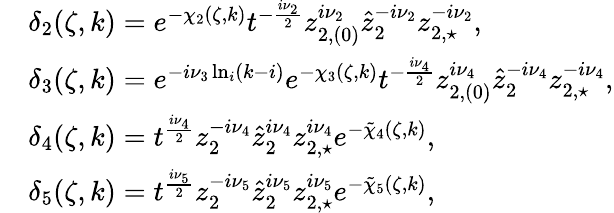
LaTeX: \begin{array}{rl}&{\delta_{2}(\zeta,k)=e^{-\chi_{2}(\zeta,k)}t^{-\frac{i\nu_{2}}{2}}z_{2,(0)}^{i\nu_{2}}\hat{z}_{2}^{-i\nu_{2}}z_{2,\star}^{-i\nu_{2}},}\\ &{\delta_{3}(\zeta,k)=e^{-i\nu_{3}\ln_{i}(k-i)}e^{-\chi_{3}(\zeta,k)}t^{-\frac{i\nu_{4}}{2}}z_{2,(0)}^{i\nu_{4}}\hat{z}_{2}^{-i\nu_{4}}z_{2,\star}^{-i\nu_{4}},}\\ &{\delta_{4}(\zeta,k)=t^{\frac{i\nu_{4}}{2}}z_{2}^{-i\nu_{4}}\hat{z}_{2}^{i\nu_{4}}z_{2,\star}^{i\nu_{4}}e^{-\tilde{\chi}_{4}(\zeta,k)},}\\ &{\delta_{5}(\zeta,k)=t^{\frac{i\nu_{5}}{2}}z_{2}^{-i\nu_{5}}\hat{z}_{2}^{i\nu_{5}}z_{2,\star}^{i\nu_{5}}e^{-\tilde{\chi}_{5}(\zeta,k)},}\end{array}